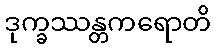
ဒုက္ခဿန္တကရောတိ